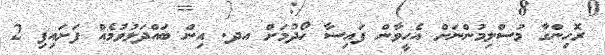
ރޮހިންގާ މުސްލިމުންނަށް އެހީވާން ފައިސާ ހޯދުމަށް އދ. އިން ބައްދަލުވުމެއް ފަށައިފި 2